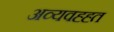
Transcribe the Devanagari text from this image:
अव्यवह्ह्त